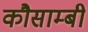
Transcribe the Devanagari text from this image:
कौसाम्बी